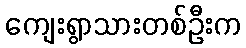
ကျေးရွာသားတစ်ဦးက